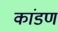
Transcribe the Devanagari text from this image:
कांडण